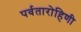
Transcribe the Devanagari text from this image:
पर्वतारोहिणी